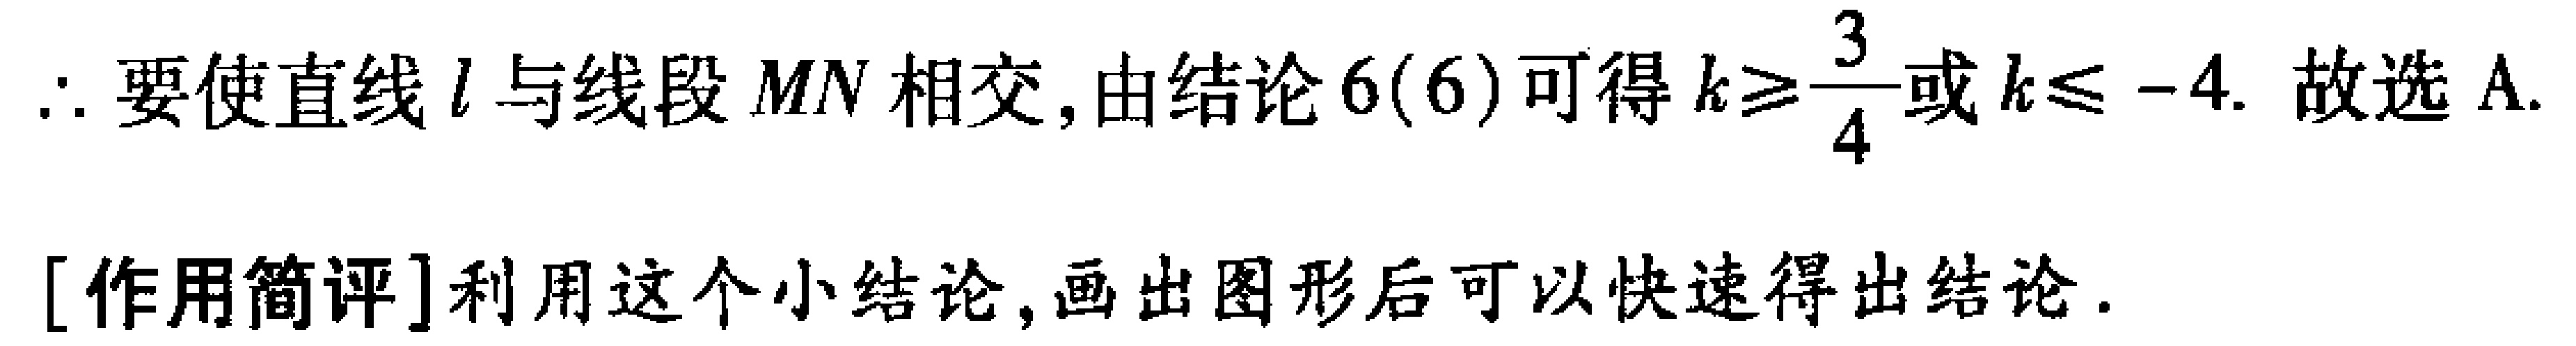
$\therefore$要使直线$l$与线段$MN$相交, 由结论$6(6)$可得$k\geqslant\frac{3}{4}$或$k\leqslant -4$. 故选A.
[作用简评]利用这个小结论, 画出图形后可以快速得出结论.